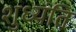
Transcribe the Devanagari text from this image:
शुध्यंति